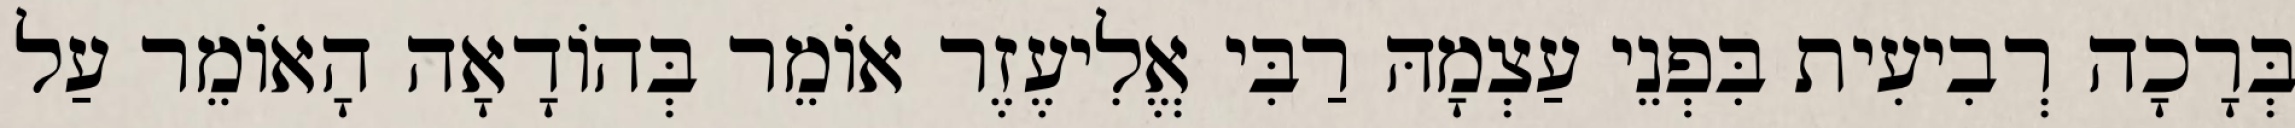
בְּרָכָה רְבִיעִית בִּפְנֵי עַצְמָהּ רַבִּי אֱלִיעֶזֶר אוֹמֵר בְּהוֹדָאָה הָאוֹמֵר עַל